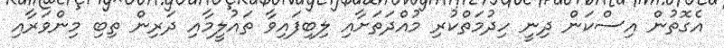
އެގޮތުން އިސްކަން ދިނީ ހިދުމަތްކުރި މުއްދަތަށާއި ލިބިފައިވާ ތައުލީމާއި ދަރިން ތިބި މިންވަރާއި